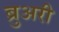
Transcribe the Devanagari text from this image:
ब्रुअरी